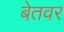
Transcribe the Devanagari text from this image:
बेतवर